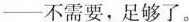
—不需要，足够了。